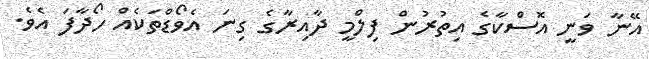
އޭނާ ވަނީ އޮސްކާގެ އިތުރުން ފިލްމީ ދާއިރާގެ ގިނަ އެވޯޑްތަކެއް ހޯދާފަ އެވެ.